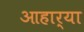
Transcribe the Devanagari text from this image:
आहार्या